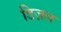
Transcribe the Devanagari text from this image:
डिज़ल